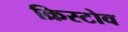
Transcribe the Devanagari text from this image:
क्रिस्टोव